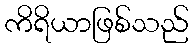
ကိရိယာဖြစ်သည်